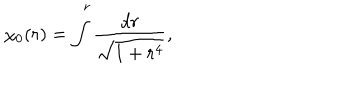
\chi _ { 0 } ( r ) = \int ^ { \, r } \frac { d r } { \sqrt { 1 + r ^ { 4 } } } ,